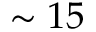
\sim 1 5